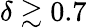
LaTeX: \delta\gtrsim 0.7